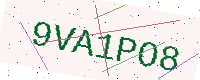
Text: 9VA1PO8